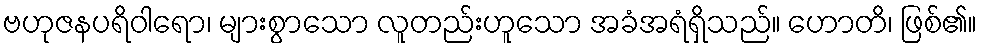
ဗဟုဇနပရိဝါရော၊ များစွာသော လူတည်းဟူသော အခံအရံရှိသည်။ ဟောတိ၊ ဖြစ်၏။